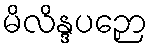
မိလိန္ဒပဉှော